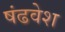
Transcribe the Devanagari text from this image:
षंढवेश